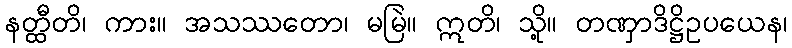
နတ္ထီတိ၊ ကား။ အသဿတော၊ မမြဲ။ ဣတိ၊ သို့။ တဏှာဒိဋ္ဌိဥပယေန၊